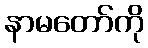
နာမတော်ကို